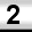
Digit: 2